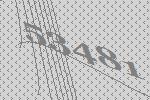
53481